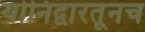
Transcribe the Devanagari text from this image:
योनिद्वारतूनच